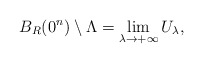
\begin{align*}B_{R}(0^n)\setminus\Lambda=\lim\limits_{\lambda\rightarrow+\infty}U_{\lambda},\end{align*}